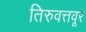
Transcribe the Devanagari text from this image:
तिरुवत्तवूर